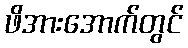
ဖိအားအောက်တွင်